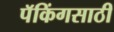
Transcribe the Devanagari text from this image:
पॅकिंगसाठी